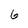
Character: 6